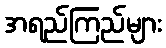
အရည်ကြည်များ